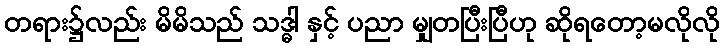
တရား၌လည်း မိမိသည် သဒ္ဓါ နှင့် ပညာ မျှတပြီးပြီဟု ဆိုရတော့မလိုလို